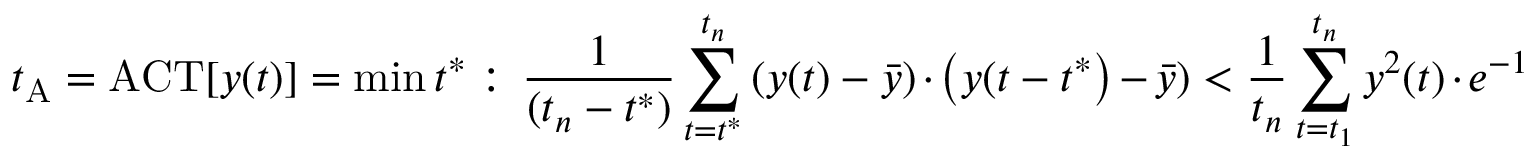
t _ { \mathrm { A } } = \mathrm { A C T } [ y ( t ) ] = \mathrm { m i n } \, t ^ { \ast } : \, \frac { 1 } { ( t _ { n } - t ^ { \ast } ) } \sum _ { t = t ^ { \ast } } ^ { t _ { n } } \left( y ( t ) - \bar { y } \right) \cdot \left( y ( t - t ^ { \ast } \right) - \bar { y } ) < \frac { 1 } { t _ { n } } \sum _ { t = t _ { 1 } } ^ { t _ { n } } y ^ { 2 } ( t ) \cdot e ^ { - 1 }